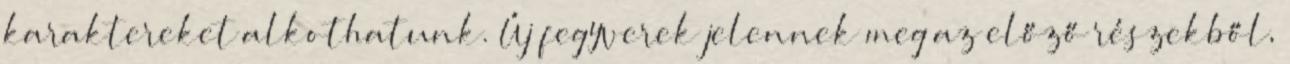
karaktereket alkothatunk. Új fegyverek jelennek meg az előző részekből,